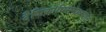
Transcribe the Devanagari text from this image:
दैशिकांघ्रिसमाश्रयात्